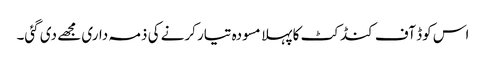
اس کوڈ آف کنڈکٹ کا پہلا مسودہ تیار کرنے کی ذمہ داری مجھے دی گئی۔